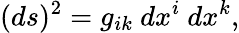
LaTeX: (ds)^{2}=g_{ik}\ dx^{i}\ dx^{k},